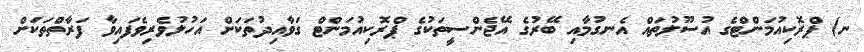
ނ) ޕްރޮކިއުމަންޓްގެ އުސޫލުތައް އެނގުމާއި ބޭރުގެ އޭޖެންސީތަކުގެ ޕްރޮކިއުމަންޓް ގަވާއިދުތަކަށް އަހުލުވެރިވެފައިވާ ފަރާތްތަކަށް